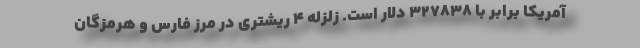
آمریکا برابر با 327838 دلار است. زلزله ۴ ریشتری در مرز فارس و هرمزگان